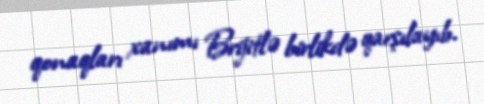
qonaqları xanımı Brijitlə birlikdə qarşılayıb.